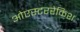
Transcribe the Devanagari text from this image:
ओएस्टररेकिश